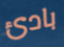
بادئ